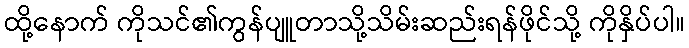
ထို့နောက် ကိုသင်၏ကွန်ပျူတာသို့သိမ်းဆည်းရန်ဖိုင်သို့ ကိုနှိပ်ပါ။